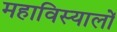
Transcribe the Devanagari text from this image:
महाविस्यालों